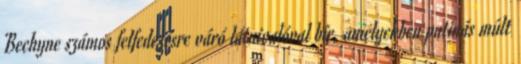
Bechyne számos felfedezésre váró látnivalóval bír, amelyekben patinás múlt